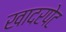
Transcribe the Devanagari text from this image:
खादरपेट